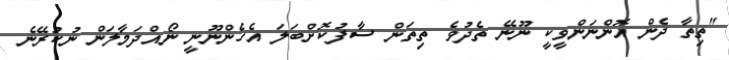
"ތިތާ ދެން އޮންނަންވީކީ ނޫނޭ ތެދުވެ ތިތަން ސާފުކޮށްބަލަ އެހެންނޫނީ ނޯއްދަމާލަން ނުކުރޭނެ